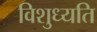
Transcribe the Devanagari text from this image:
विशुध्यति